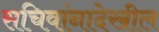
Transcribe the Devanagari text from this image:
सचिवांनादेखील